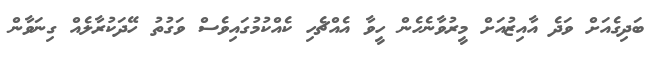
ބަދިގެއަށް ވަދެ އާއިޒުއަށް މީރުވާނެހެން ހީވާ އެއްޗެހި ކެއްކުމުގައިވެސް ވަގުތު ހޭދަކުރާލެއް ގިނަވާން